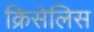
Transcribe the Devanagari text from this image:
क्रिसेलिस